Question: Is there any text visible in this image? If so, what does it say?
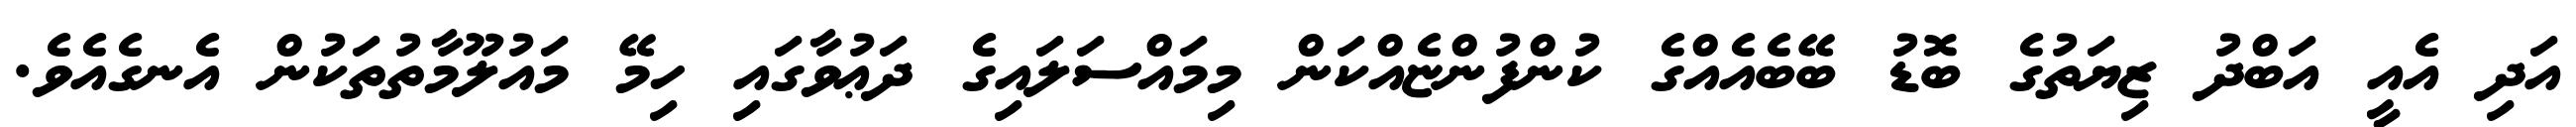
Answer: އަދި އެއީ އަބްދު ޒިޔަތުގެ ބޮޑު ބޭބެއެއްގެ ކުންފުންޏެއްކަން މިމައްސަލައިގެ ދަޢުވާގައި ހިމޭ މައުލޫމާތުތަކުން އެނގެއެވެ.